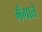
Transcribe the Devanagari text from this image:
मँगाते